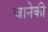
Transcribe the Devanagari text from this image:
चानेकी